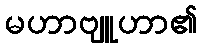
မဟာဗျူဟာ၏